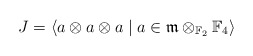
\begin{align*}J = \left\langle a\otimes a\otimes a\mid a\in \mathfrak{m}\otimes_{\mathbb{F}_2}\mathbb{F}_4\right\rangle\end{align*}